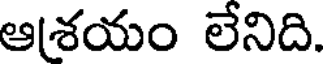
ఆశయం లేనిది.